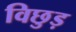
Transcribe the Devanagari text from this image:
विछुड़